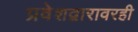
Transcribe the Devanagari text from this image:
प्रवेशद्वारावरही